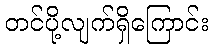
တင်ပို့လျက်ရှိကြောင်း